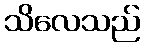
သိလေသည်